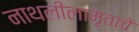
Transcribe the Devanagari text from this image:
नाथलीलामृताचे